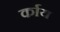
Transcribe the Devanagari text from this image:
र्काय